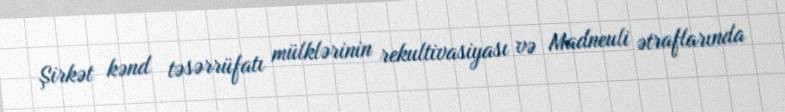
Şirkət kənd təsərrüfatı mülklərinin rekultivasiyası və Madneuli ətraflarında